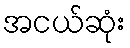
အငယ်ဆုံး